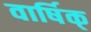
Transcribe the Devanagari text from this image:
वार्षिक्